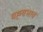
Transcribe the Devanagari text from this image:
वह्न्यभाव